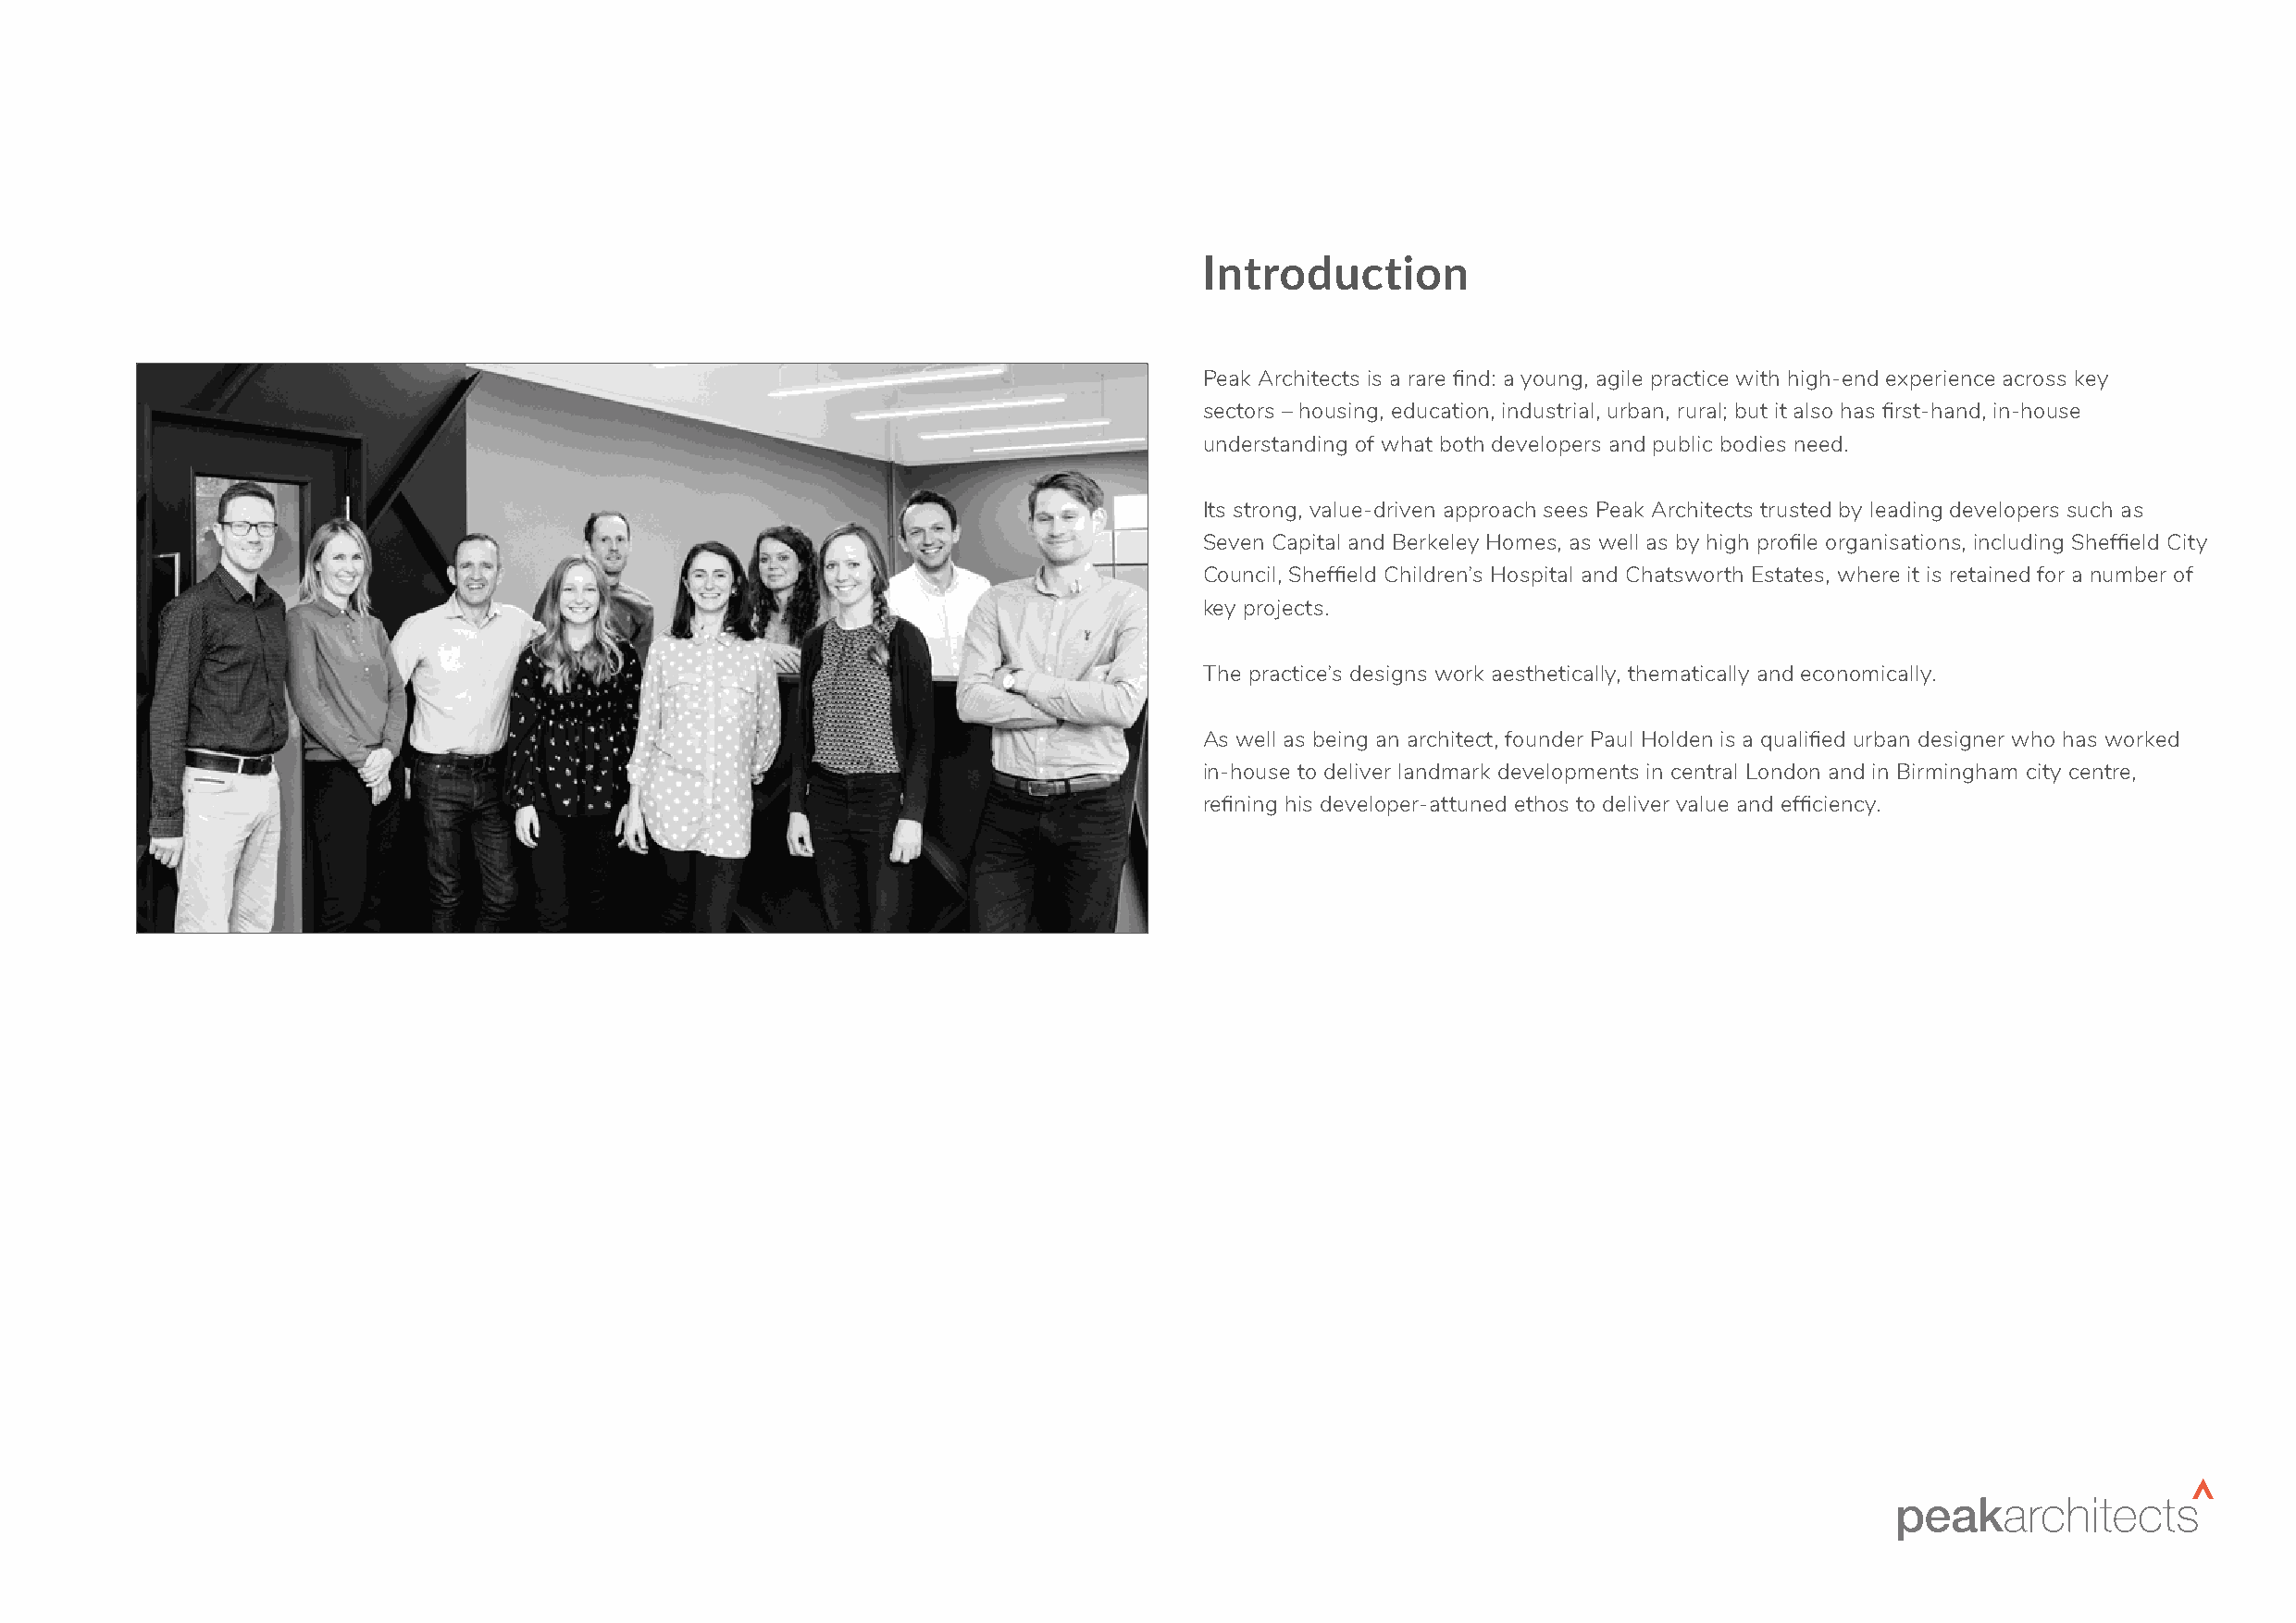
Introduction
 Peak Architects is a rare find: a young, agile practice with high-end experience across key
 sectors – housing, education, industrial, urban, rural; but it also has first-hand, in-house
 understanding of what both developers and public bodies need.
 Its strong, value-driven approach sees Peak Architects trusted by leading developers such as
 Seven Capital and Berkeley Homes, as well as by high profile organisations, including Sheffield City
 Council, Sheffield Children’s Hospital and Chatsworth Estates, where it is retained for a number of
 key projects.
 The practice’s designs work aesthetically, thematically and economically.
 As well as being an architect, founder Paul Holden is a qualified urban designer who has worked
 in-house to deliver landmark developments in central London and in Birmingham city centre,
 refining his developer-attuned ethos to deliver value and efficiency.